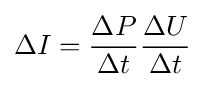
\Delta I={\frac {\Delta P}{\Delta t}}{\frac {\Delta U}{\Delta t}}